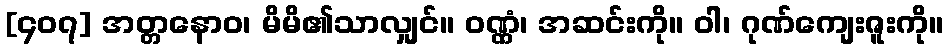
[၄၀၇] အတ္တနောဝ၊ မိမိ၏သာလျှင်။ ဝဏ္ဏံ၊ အဆင်းကို။ ဝါ၊ ဂုဏ်ကျေးဇူးကို။